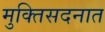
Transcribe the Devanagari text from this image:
मुक्तिसदनात